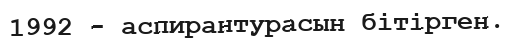
1992 - аспирантурасын бітірген.